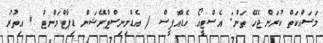
މަސައްކަތް ކުރަންޖެހޭ ތަން: އެސްޓީއޯ ހެޑްއޮފީސް / އެޑްމިނިސްޓްރޭޝަން ޑިޕާޓްމަންޓް * އިތުރު